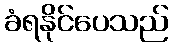
ခံရနိုင်ပေသည်